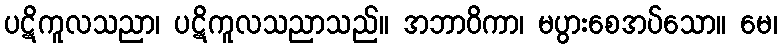
ပဋိကူလသညာ၊ ပဋိကူလသညာသည်။ အဘာဝိကာ၊ မပွားစေအပ်သော။ မေ၊